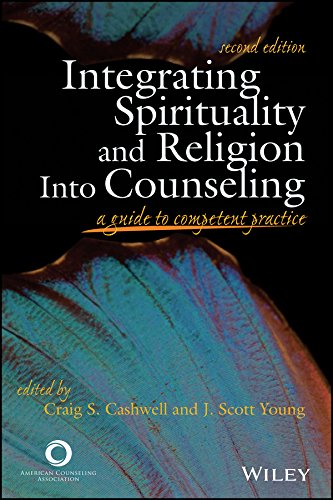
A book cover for Integrating Spirituality and Religion into Counseling: A Guide to Competent Practice; Craig S. Young; Religion & Spirituality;